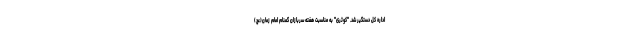
اداره کل دستگیر شد. "کوثری" به مناسبت هفته سربازان گمنام امام زمان(عج)